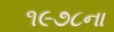
૧૯૭૮ના